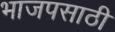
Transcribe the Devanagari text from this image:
भाजपसाठी